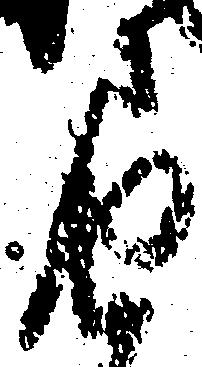
届